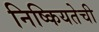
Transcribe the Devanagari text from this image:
निष्कियतेची